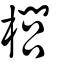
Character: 櫚